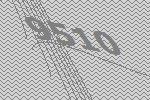
9510